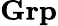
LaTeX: \textbf{Grp}